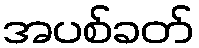
အပစ်ခတ်